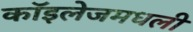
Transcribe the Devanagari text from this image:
कॉइलेजमधली